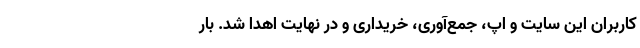
کاربران این سایت و اپ، جمع‌آوری، خریداری و در نهایت اهدا شد. بار